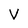
Character: V